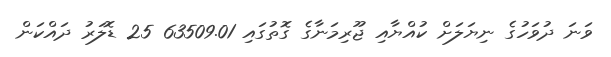
ވަނަ ދުވަހުގެ ނިޔަލަށް ކުއްޔާއި ޖޫރިމަނާގެ ގޮތުގައި 63509.01 25 ޑޮލަރު ދައްކަން